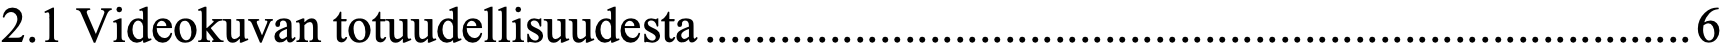
2.1 Videokuvan totuudellisuudesta...............................................................................6